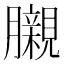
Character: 𮍊